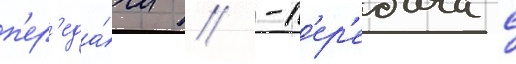
п'ер'еда́чи // -п'ер'едача с